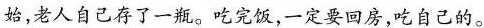
始,老人自己存了一瓶。吃完饭，一定要回房，吃自己的。